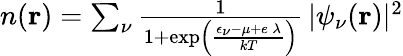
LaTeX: \begin{array}{r}{n(\mathbf{r})=\sum_{\nu}\frac{1}{1+\exp\left(\frac{\epsilon_{\nu}-\mu+e\, \lambda}{kT}\right)}\, |\psi_{\nu}(\mathbf{r})|^{2}}\end{array}